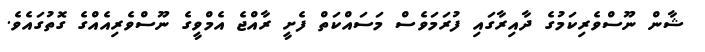
ޝާން ނޫސްވެރިކަމުގެ ދާއިރާގައި ފުރަމަވެސް މަސައްކަތް ފެށީ ރާއްޖެ އެމްވީގެ ނޫސްވެރިއެއްގެ ގޮތުގައެވެ.